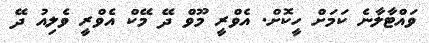
ވައްޓާލާނެ ކަމަށް ހީކޮށް. އެވްރީ މޫވް ދޭ މޭކް އެވްރީ ވެލިއު ދޭ